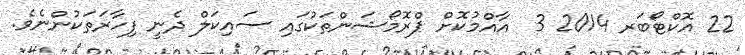
22 އޮކްޓޯބަރ 2014 3  އާއްމުކޮށް ޕްރޮމޯޝަންތަކުގައި ސައިކަލް ދެނީ ފިހާރަތަކުންނެވެ.